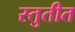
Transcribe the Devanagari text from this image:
स्तुतीत